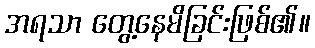
အရသာ တွေ့နေမိခြင်းဖြစ်၏။